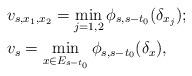
LaTeX: \begin{align*}&v_{s,x_1,x_2} = \min_{j=1,2} \phi_{s,s-t_0} (\delta_{x_j});\\&v_{s} = \min_{x \in E_{s-t_0}} \phi_{s,s-t_0} (\delta_{x}),\end{align*}